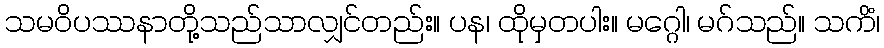
သမဝိပဿနာတို့သည်သာလျှင်တည်း။ ပန၊ ထိုမှတပါး။ မဂ္ဂေါ၊ မဂ်သည်။ သကိံ၊